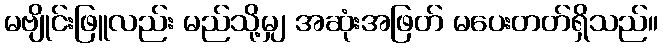
မဗျိုင်းဖြူလည်း မည်သို့မျှ အဆုံးအဖြတ် မပေးတတ်ရှိသည်။